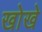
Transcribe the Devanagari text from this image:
खोखे